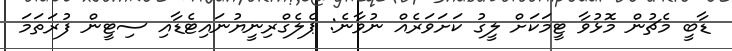
ޑާބީ މެޗުން މޮޅުވާ ޓީމަކަށް ލީގު ކަށަވަރެއް ނުވާނެ: ޕެލެގްރިނީޔުނައިޓެޑާއި ސިޓީން ފުރަތަމަ